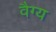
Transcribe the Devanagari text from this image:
वैग्य